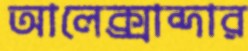
আলেক্সান্দার